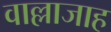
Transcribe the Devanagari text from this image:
वाल्लाजाह